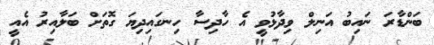
ބަންޑާރަ ނައިބު އަނިލް ވިދާޅުވީ އެ ހާދިސާ ހިނގައިދިޔަ ގޮތަށް ބަލާއިރު އެއީ